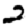
Digit: 2